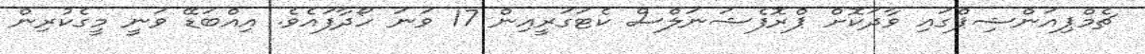
ޗެމްޕިއަންޝިޕްގައި ވާދަކޮށް ޕްރޮފެޝަނަލްސް ކެޓަގަރީއިން 17 ވަނަ ހޯދާފައެވެ. އިއްބަޑޭ ވަނީ މީގެކުރިން